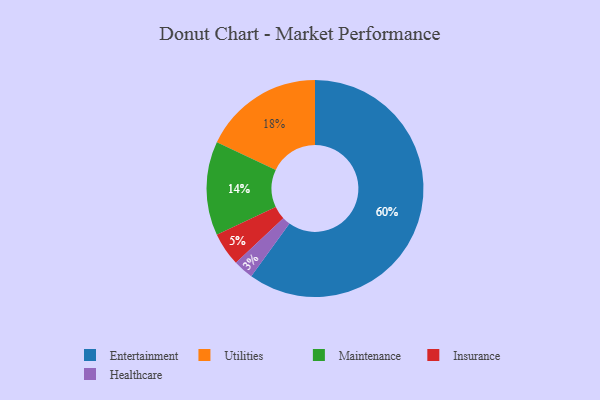
{"axis": {"x": "Category", "y": "Percentage"}, "legend": ["Entertainment", "Healthcare", "Insurance", "Maintenance", "Utilities"], "data": [{"x": "Healthcare", "y": 3, "type": "Healthcare"}, {"x": "Insurance", "y": 5, "type": "Insurance"}, {"x": "Maintenance", "y": 14, "type": "Maintenance"}, {"x": "Entertainment", "y": 60, "type": "Entertainment"}, {"x": "Utilities", "y": 18, "type": "Utilities"}]}